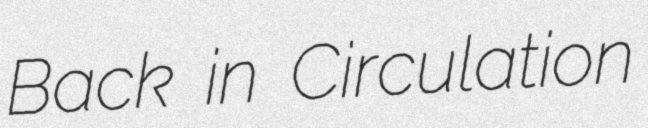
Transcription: Back in Circulation